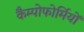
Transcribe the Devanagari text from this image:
कैम्पोफोर्मियों